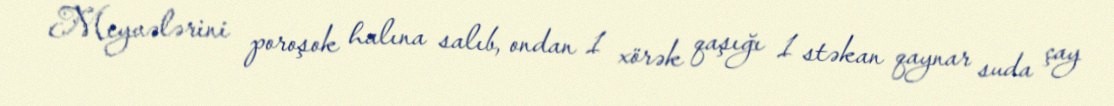
Meyvələrini poroşok halına salıb, ondan 1 xörək qaşığı 1 stəkan qaynar suda çay